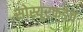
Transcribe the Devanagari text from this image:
सोस्यूरकडेच